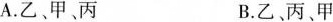
A.乙、甲、丙 B.乙、丙、甲